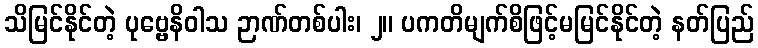
သိမြင်နိုင်တဲ့ ပုဗ္ဗေနိဝါသ ဉာဏ်တစ်ပါး၊ ၂။ ပကတိမျက်စိဖြင့်မမြင်နိုင်တဲ့ နတ်ပြည်